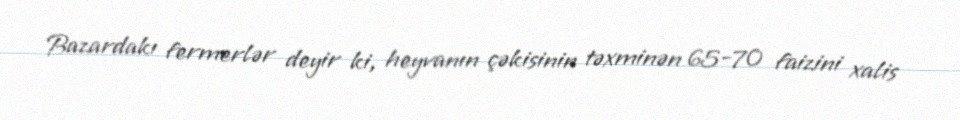
Bazardakı fermerlər deyir ki, heyvanın çəkisinin təxminən 65-70 faizini xalis